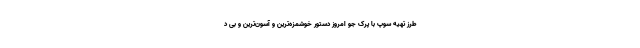
طرز تهیه سوپ با پرک جو امروز دستور خوشمزه‌ترین و آسون‌ترین و بی د